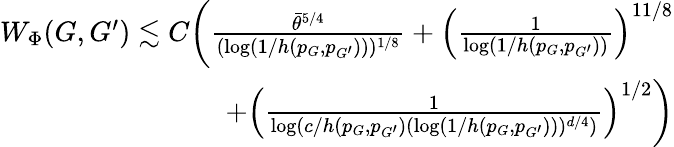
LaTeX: \begin{array}{r}{W_{\Phi}(G,G^{\prime})\lesssim C\biggr(\frac{\bar{\theta}^{5/4}}{(\log(1/h(p_{G},p_{G^{\prime}})))^{1/8}}+\left(\frac{1}{\log(1/h(p_{G},p_{G^{\prime}}))}\right)^{11/8}}\\ {+\left(\frac{1}{\log(c/h(p_{G},p_{G^{\prime}})(\log(1/h(p_{G},p_{G^{\prime}})))^{d/4})}\right)^{1/2}\biggr)}\end{array}